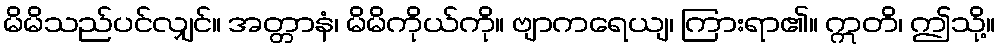
မိမိသည်ပင်လျှင်။ အတ္တာနံ၊ မိမိကိုယ်ကို။ ဗျာကရေယျ၊ ကြားရာ၏။ ဣတိ၊ ဤသို့။